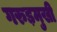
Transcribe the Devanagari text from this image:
गरुड़मुखी